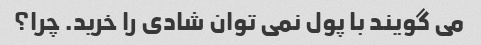
می گویند با پول نمی توان شادی را خرید. چرا؟